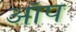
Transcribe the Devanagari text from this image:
आँप